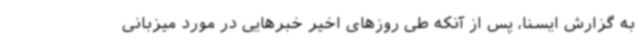
به گزارش ایسنا، پس از آنکه طی روزهای اخیر خبرهایی در مورد میزبانی